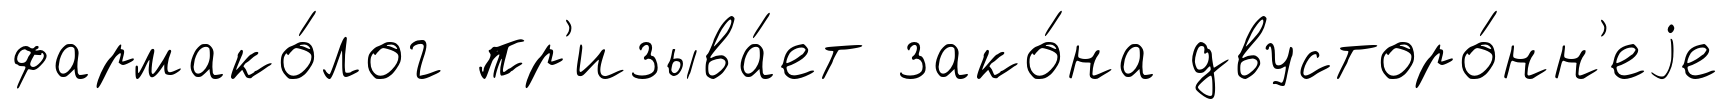
фармако́лог пр'изыва́ет зако́на двусторо́нн'еjе